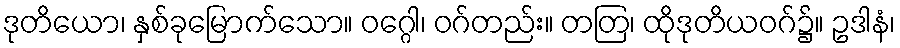
ဒုတိယော၊ နှစ်ခုမြောက်သော။ ဝဂ္ဂေါ၊ ဝဂ်တည်း။ တတြ၊ ထိုဒုတိယဝဂ်၌။ ဥဒါနံ၊